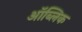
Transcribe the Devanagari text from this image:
ऑब्लिक